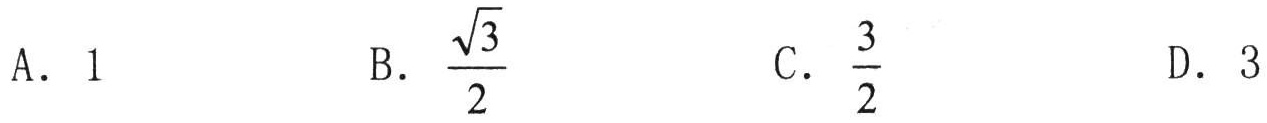
A. \(1\)

B. \(\frac{\sqrt{3}}{2}\)

C. \(\frac{3}{2}\)

D. \(3\)